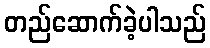
တည်ဆောက်ခဲ့ပါသည်